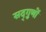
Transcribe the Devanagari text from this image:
सद्‌गुणों